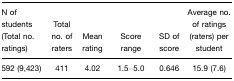
<table><thead><tr><td><b>N of students (Total no. ratings)</b></td><td><b>Total no. of raters</b></td><td><b>Mean rating</b></td><td><b>Score range</b></td><td><b>SD of score</b></td><td><b>Average no. of ratings (raters) per student</b></td></tr></thead><tbody><tr><td>592 (9,423)</td><td>411</td><td>4.02</td><td>1.5–5.0</td><td>0.646</td><td>15.9 (7.6)</td></tr></tbody></table>